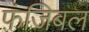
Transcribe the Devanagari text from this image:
फ़ंजिबल